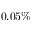
0 . 0 5 \%